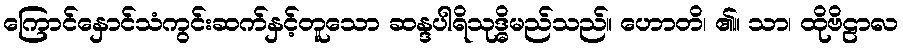
ကြောင်နှောင်သံကွင်းဆက်နှင့်တူသော ဆန္ဒပါရိသုဒ္ဓိမည်သည်။ ဟောတိ၊ ၏။ သာ၊ ထိုဗိဠာလ